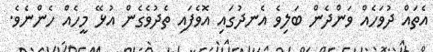
އެތައް ދުވަހެއް ވަންދެން ބަލިވެ އެނދުގައި އޮވެފައި ތެދުވެގެން އުޅޭ މީހެއް ހެންނެވެ.